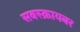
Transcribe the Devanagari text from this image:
सबस्क्रायबर